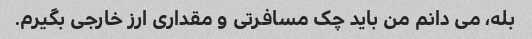
بله، می دانم من باید چک مسافرتی و مقداری ارز خارجی بگیرم.